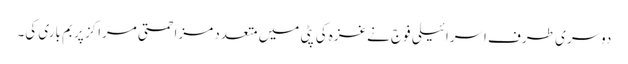
دوسری طرف اسرائیلی فوج نےغزہ کی پٹی میں متعدد مزاحمتی مراکز پر بم باری کی۔